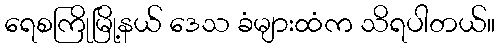
ရေစကြိုမြို့နယ် ဒေသ ခံများထံက သိရပါတယ်။